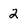
Character: 2